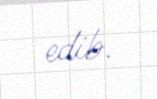
edib.